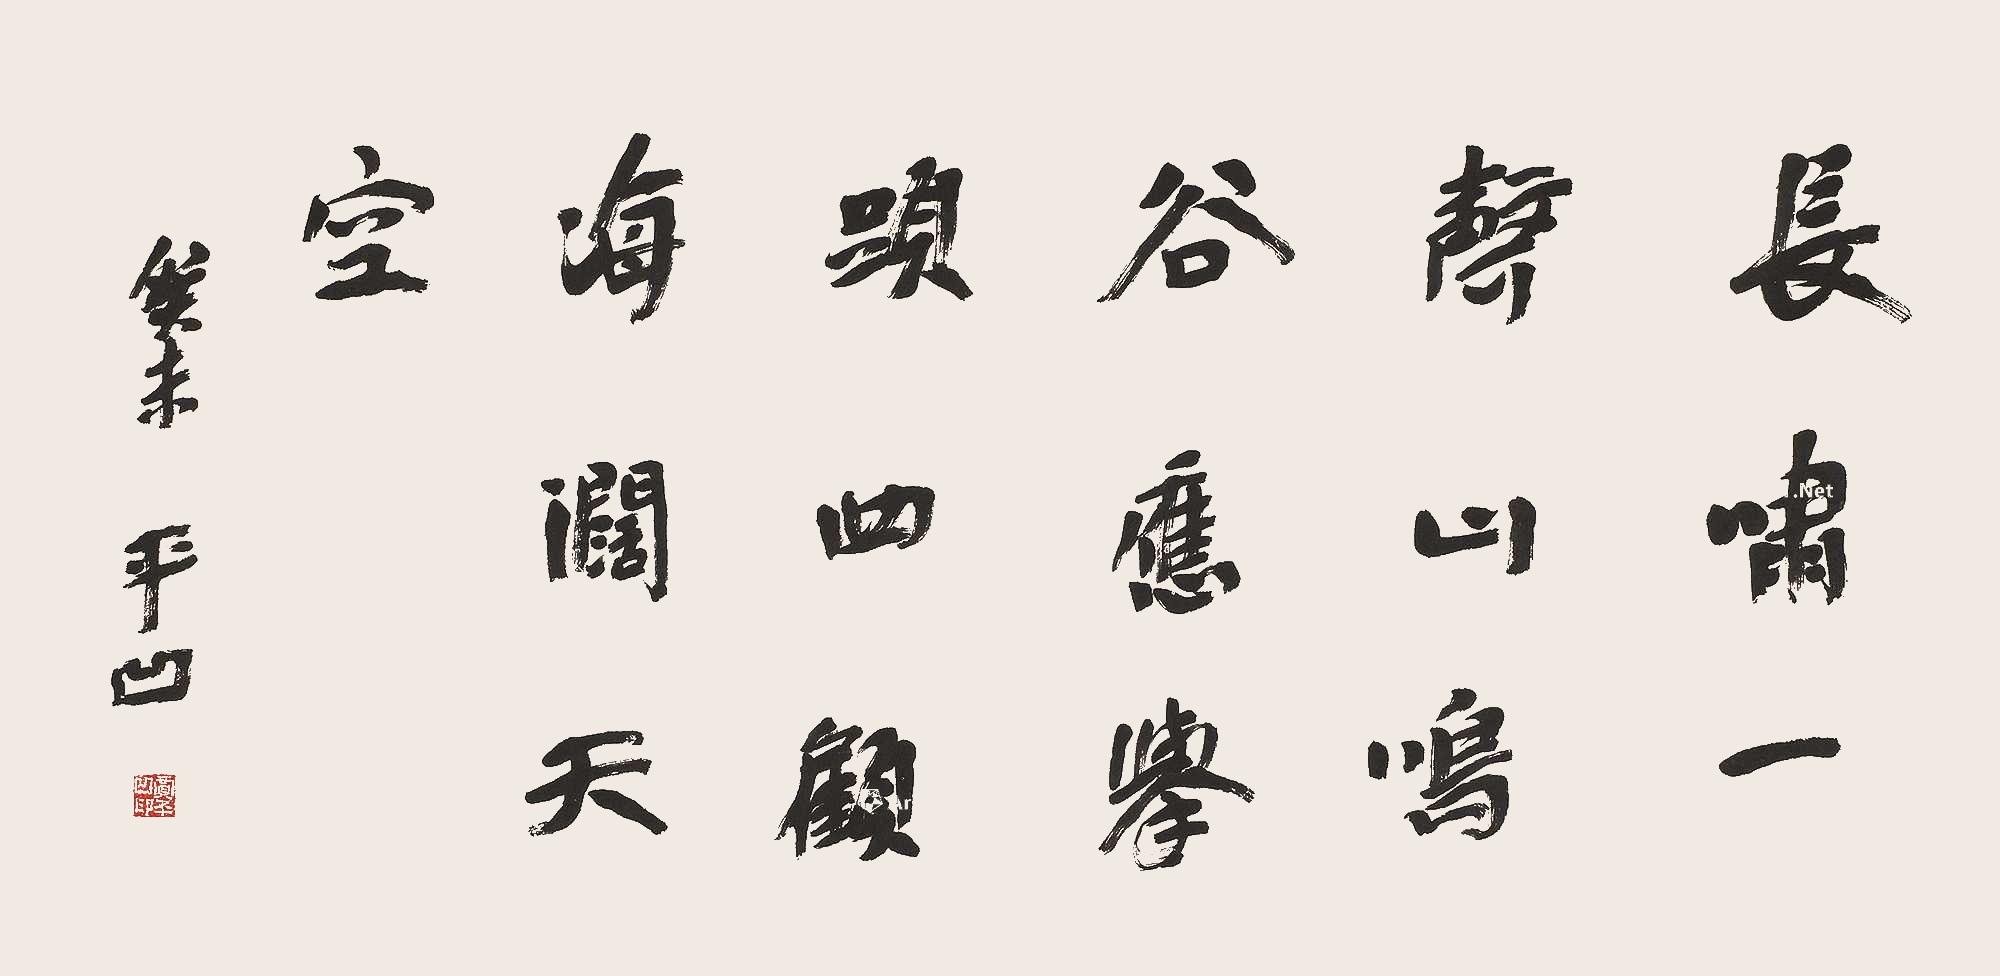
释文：长啸一声山鸣谷应，举头四顾海阔天空。癸未。平凹。